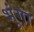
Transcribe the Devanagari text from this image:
भूंगा